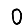
Digit: 0